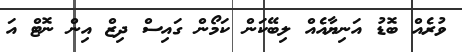
ވުރެއް ބޮޑު އަނިޔާއެއް ލިބޭކަން ކަމޯން ގައިސް ދިޒް އިން ނޮޓް އަ